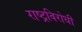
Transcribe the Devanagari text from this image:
राष्‍ट्रविरोधी